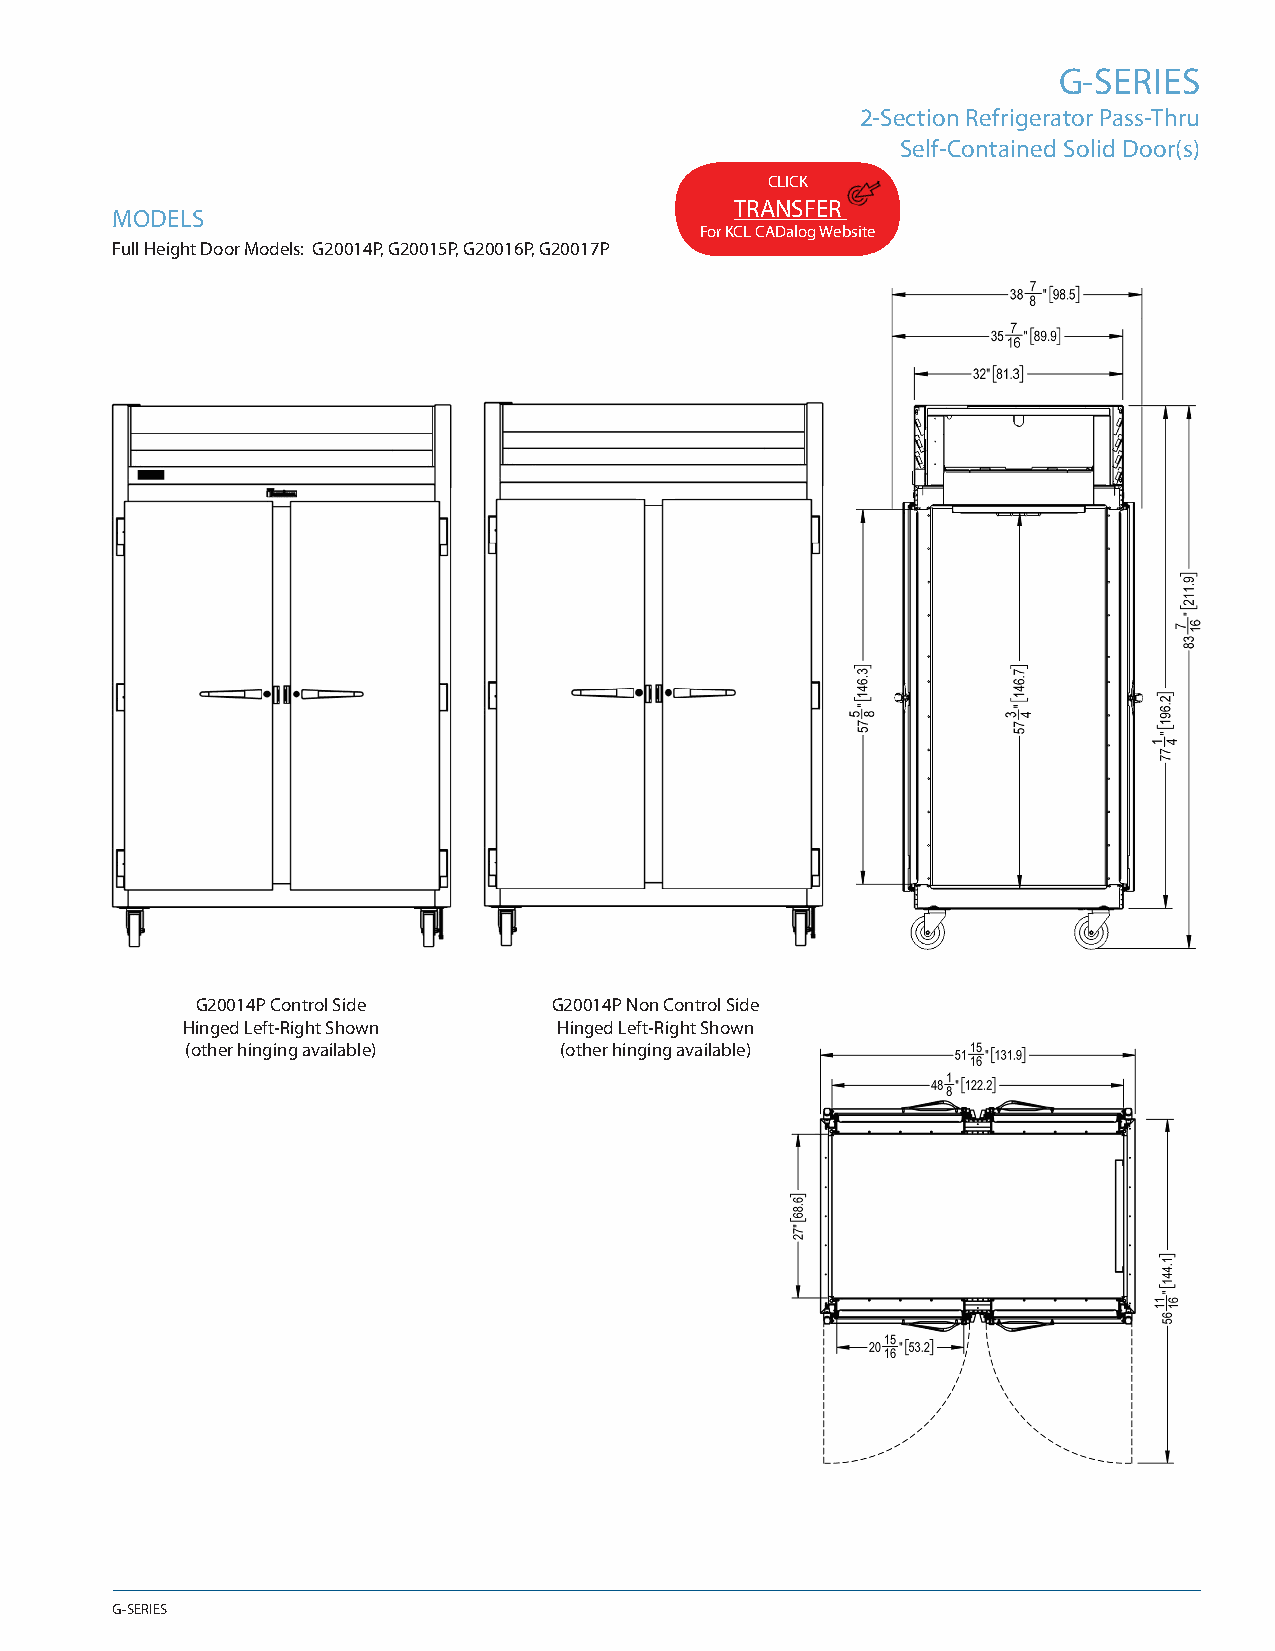
G-SERIES
 2-Section Refrigerator Pass-Thru
 Self-Contained Solid Door(s)
 CLICK
 TRANSFER
 MODELS
 For KCL CADalog Website
 Full Height Door Models: G20014P, G20015P, G20016P, G20017P
 G20014P Control Side    G20014P Non Control Side
 Hinged Left-Right Shown  Hinged Left-Right Shown
 (other hinging available) (other hinging available)
 G-SERIES